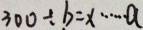
3 0 0 \div b = x \cdots a